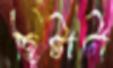
ছিটাটা